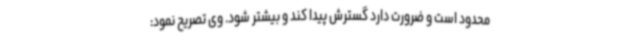
محدود است و ضرورت دارد گسترش پیدا کند و بیشتر شود. وی تصریح نمود: